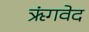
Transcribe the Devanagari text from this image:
ऋंगवेद